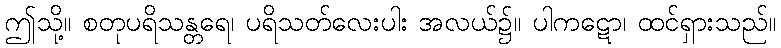
ဤသို့။ စတုပရိသန္တရေ၊ ပရိသတ်လေးပါး အလယ်၌။ ပါကဋော၊ ထင်ရှားသည်။